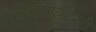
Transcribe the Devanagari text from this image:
रिसपांसिबिलिटी